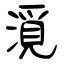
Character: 漞